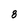
Character: 8